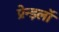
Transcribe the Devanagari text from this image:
प्रेन्झ्लॉ